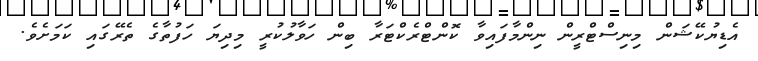
އެޑިޔުކޭޝަން މިނިސްޓްރީން ނިންމާފައިވާ ކޮންޓްރެކްޓަރާ ބިން ހަވާލުކުރީ މިދިޔަ ހަފުތާގެ ތެރޭގައި ކަމަށެވެ.